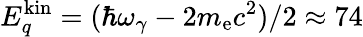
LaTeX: E_{q}^{\mathrm{kin}}=(\hbar\omega_{\gamma}-2m_{\mathrm{e}}c^{2})/2\approx 74